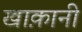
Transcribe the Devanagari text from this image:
खाक़ानी